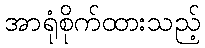
အာရုံစိုက်ထားသည့်